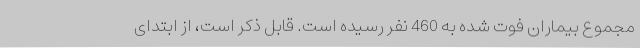
مجموع بیماران فوت شده به 460 نفر رسیده است. قابل ذکر است، از ابتدای